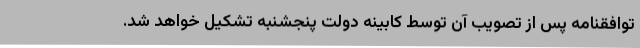
توافقنامه پس از تصویب آن توسط کابینه دولت پنجشنبه تشکیل خواهد شد.